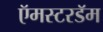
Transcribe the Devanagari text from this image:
ऍमस्टरडॅम